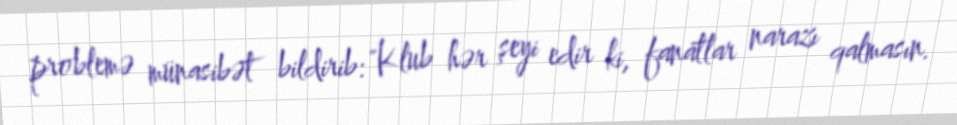
problemə münasibət bildirib: "Klub hər şeyi edir ki, fanatlar narazı qalmasın.